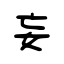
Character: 妄